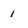
Character: 1